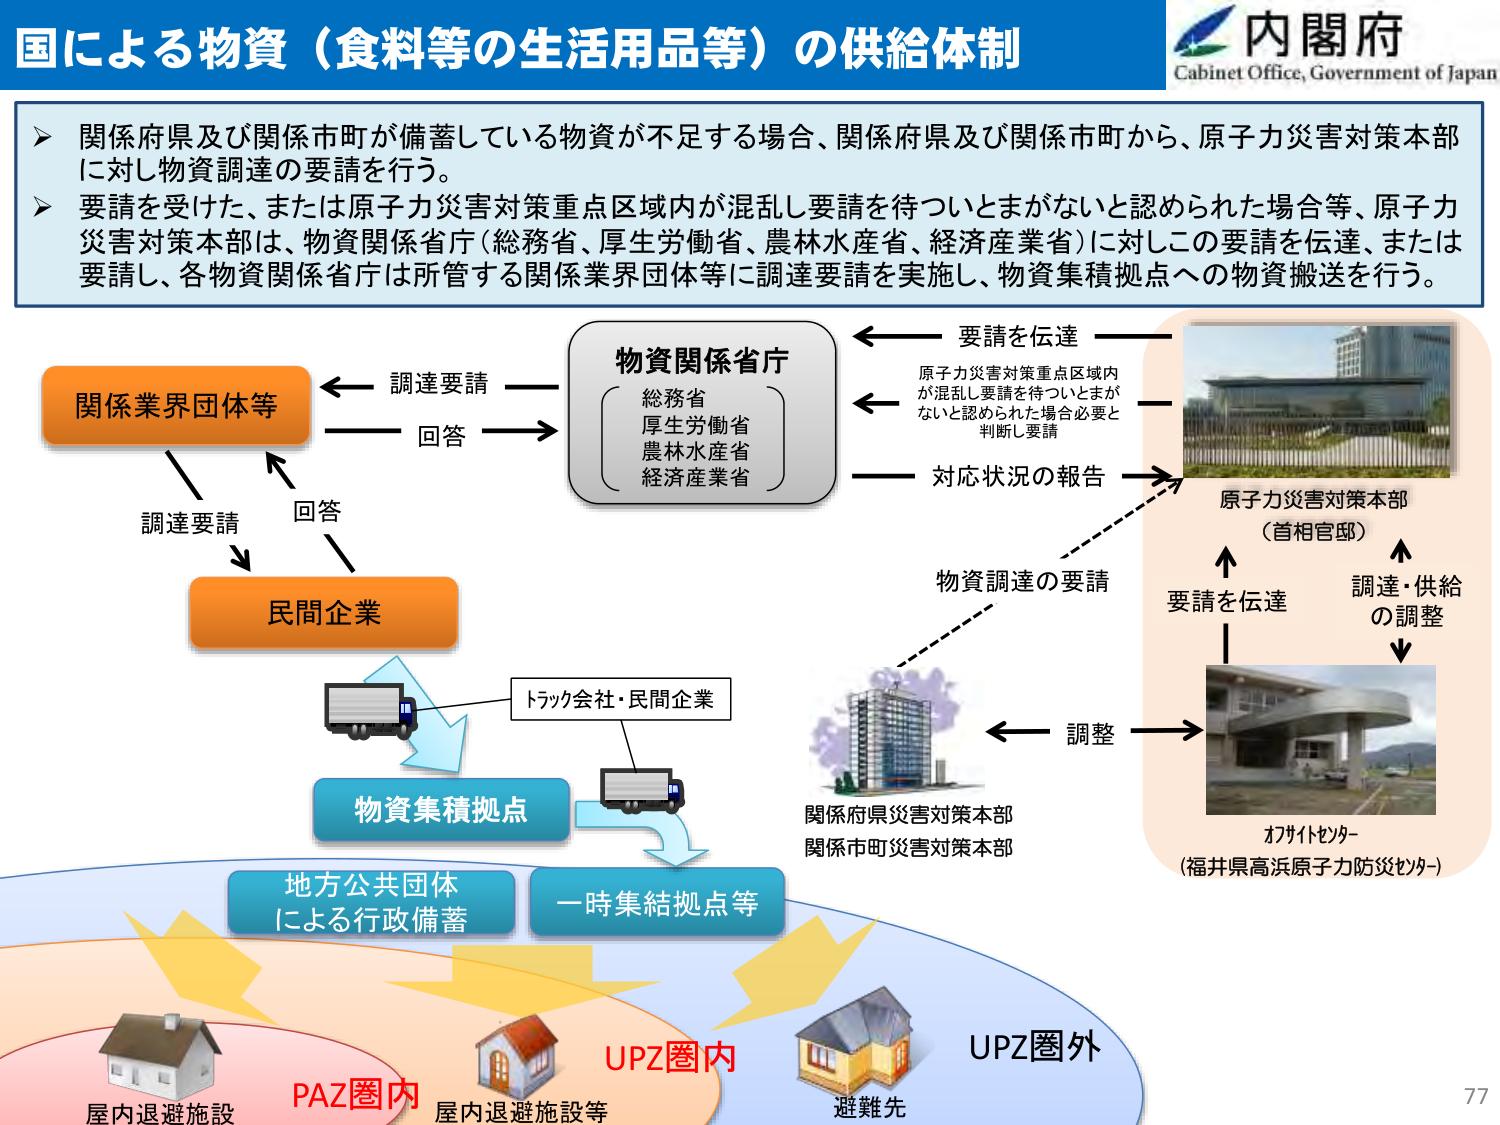
国による物資（食料等の生活用品等）の供給体制

内閣府
Cabinet Office, Government of Japan

▶ 関係府県及び関係市町が備蓄している物資が不足する場合、関係府県及び関係市町から、原子力災害対策本部に対し物資調達の要請を行う。
▶ 要請を受けた、または原子力災害対策重点区域内が混乱し要請を待ついとまがないと認められた場合等、原子力災害対策本部は、物資関係省庁（総務省、厚生労働省、農林水産省、経済産業省）に対しこの要請を伝達、または要請し、各物資関係省庁は所管する関係業界団体等に調達要請を実施し、物資集積拠点への物資搬送を行う。

関係業界団体等
← 調達要請 → 物資関係省庁
（総務省
厚生労働省
農林水産省
経済産業省）
← 回答 →
調達要請
↓
民間企業
← 回答 →
トラック会社・民間企業
↓
物資集積拠点
↓
地方公共団体
による行政備蓄
一時集結拠点等

要請を伝達
原子力災害対策重点区域内
が混乱し要請を待ついとまが
ないと認められた場合必要と
判断し要請
→ 対応状況の報告
→ 物資調達の要請
→ 調整

原子力災害対策本部
（首相官邸）
↑ 要請を伝達
↑ 調達・供給
の調整
↓
オフサイトセンター
（福井県高浜原子力防災センター）

関係府県災害対策本部
関係市町災害対策本部

PAZ圏内
屋内退避施設
屋内退避施設等
UPZ圏内
避難先
UPZ圏外

77